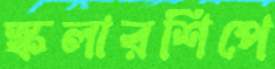
স্কলারশিপে